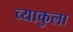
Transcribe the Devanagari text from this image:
व्याकुला